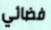
فضائي